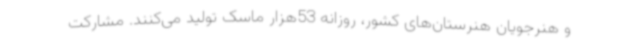
و هنرجویان هنرستان‌های کشور، روزانه 53هزار ماسک تولید می‌کنند. مشارکت